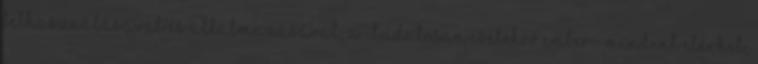
felhasználásával és alkalmazásával, a -tudatosan cselekvő ember- mindent elérhet,